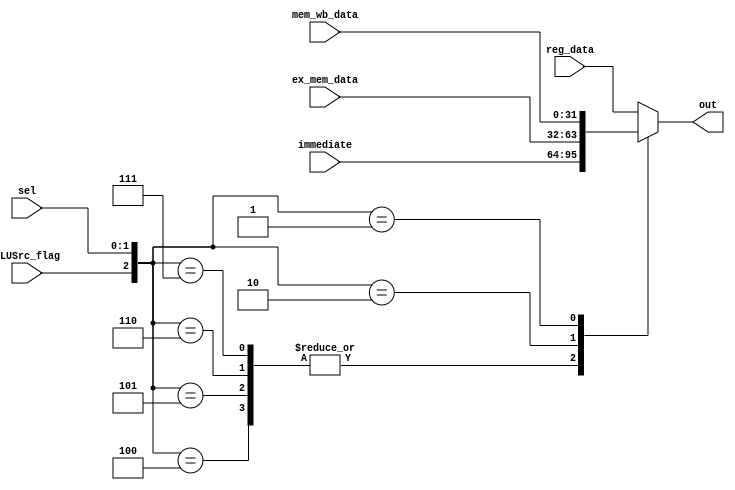
module bypath2(
input wire [31:0]   reg_data,
input wire [31:0]   ex_mem_data,
input wire [31:0]   mem_wb_data,
input wire [31:0]   immediate,
input wire          ALUSrc_flag,
input wire [1:0]    sel,
output wire [31:0]  out
    );
    
    /* the bypass is a 3-1 MUX */
    assign out = OUT(reg_data, ex_mem_data, mem_wb_data, immediate, ALUSrc_flag, sel);
    
    function [31:0] OUT;
    input [31:0]    a;
    input [31:0]    b;
    input [31:0]    c;
    input [31:0]    d;
    input           flag;
    input [1:0]     sel;
    begin
       case(  {flag, sel})
        3'b100: OUT = d;
        3'b101: OUT = d;
        3'b110: OUT = d;
        3'b111: OUT = d;
        3'b000: OUT = a;
        3'b010: OUT = b;
        3'b001: OUT = c;
        default: OUT = a;
       endcase
    end
    endfunction
    
endmodule